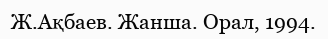
Ж.Ақбаев. Жанша. Орал, 1994.